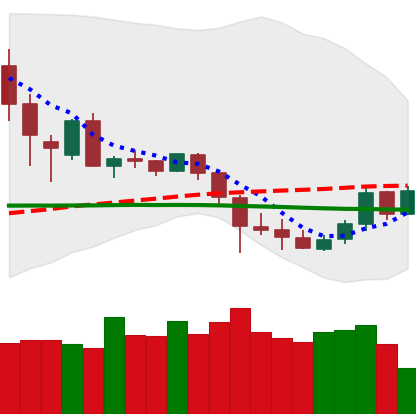
Ticker: DOGE-USD
Chart end date: 2020-03-05
Forward return: -11.931%
Label: down_7plus